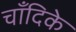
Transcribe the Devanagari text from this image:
चाँदिके